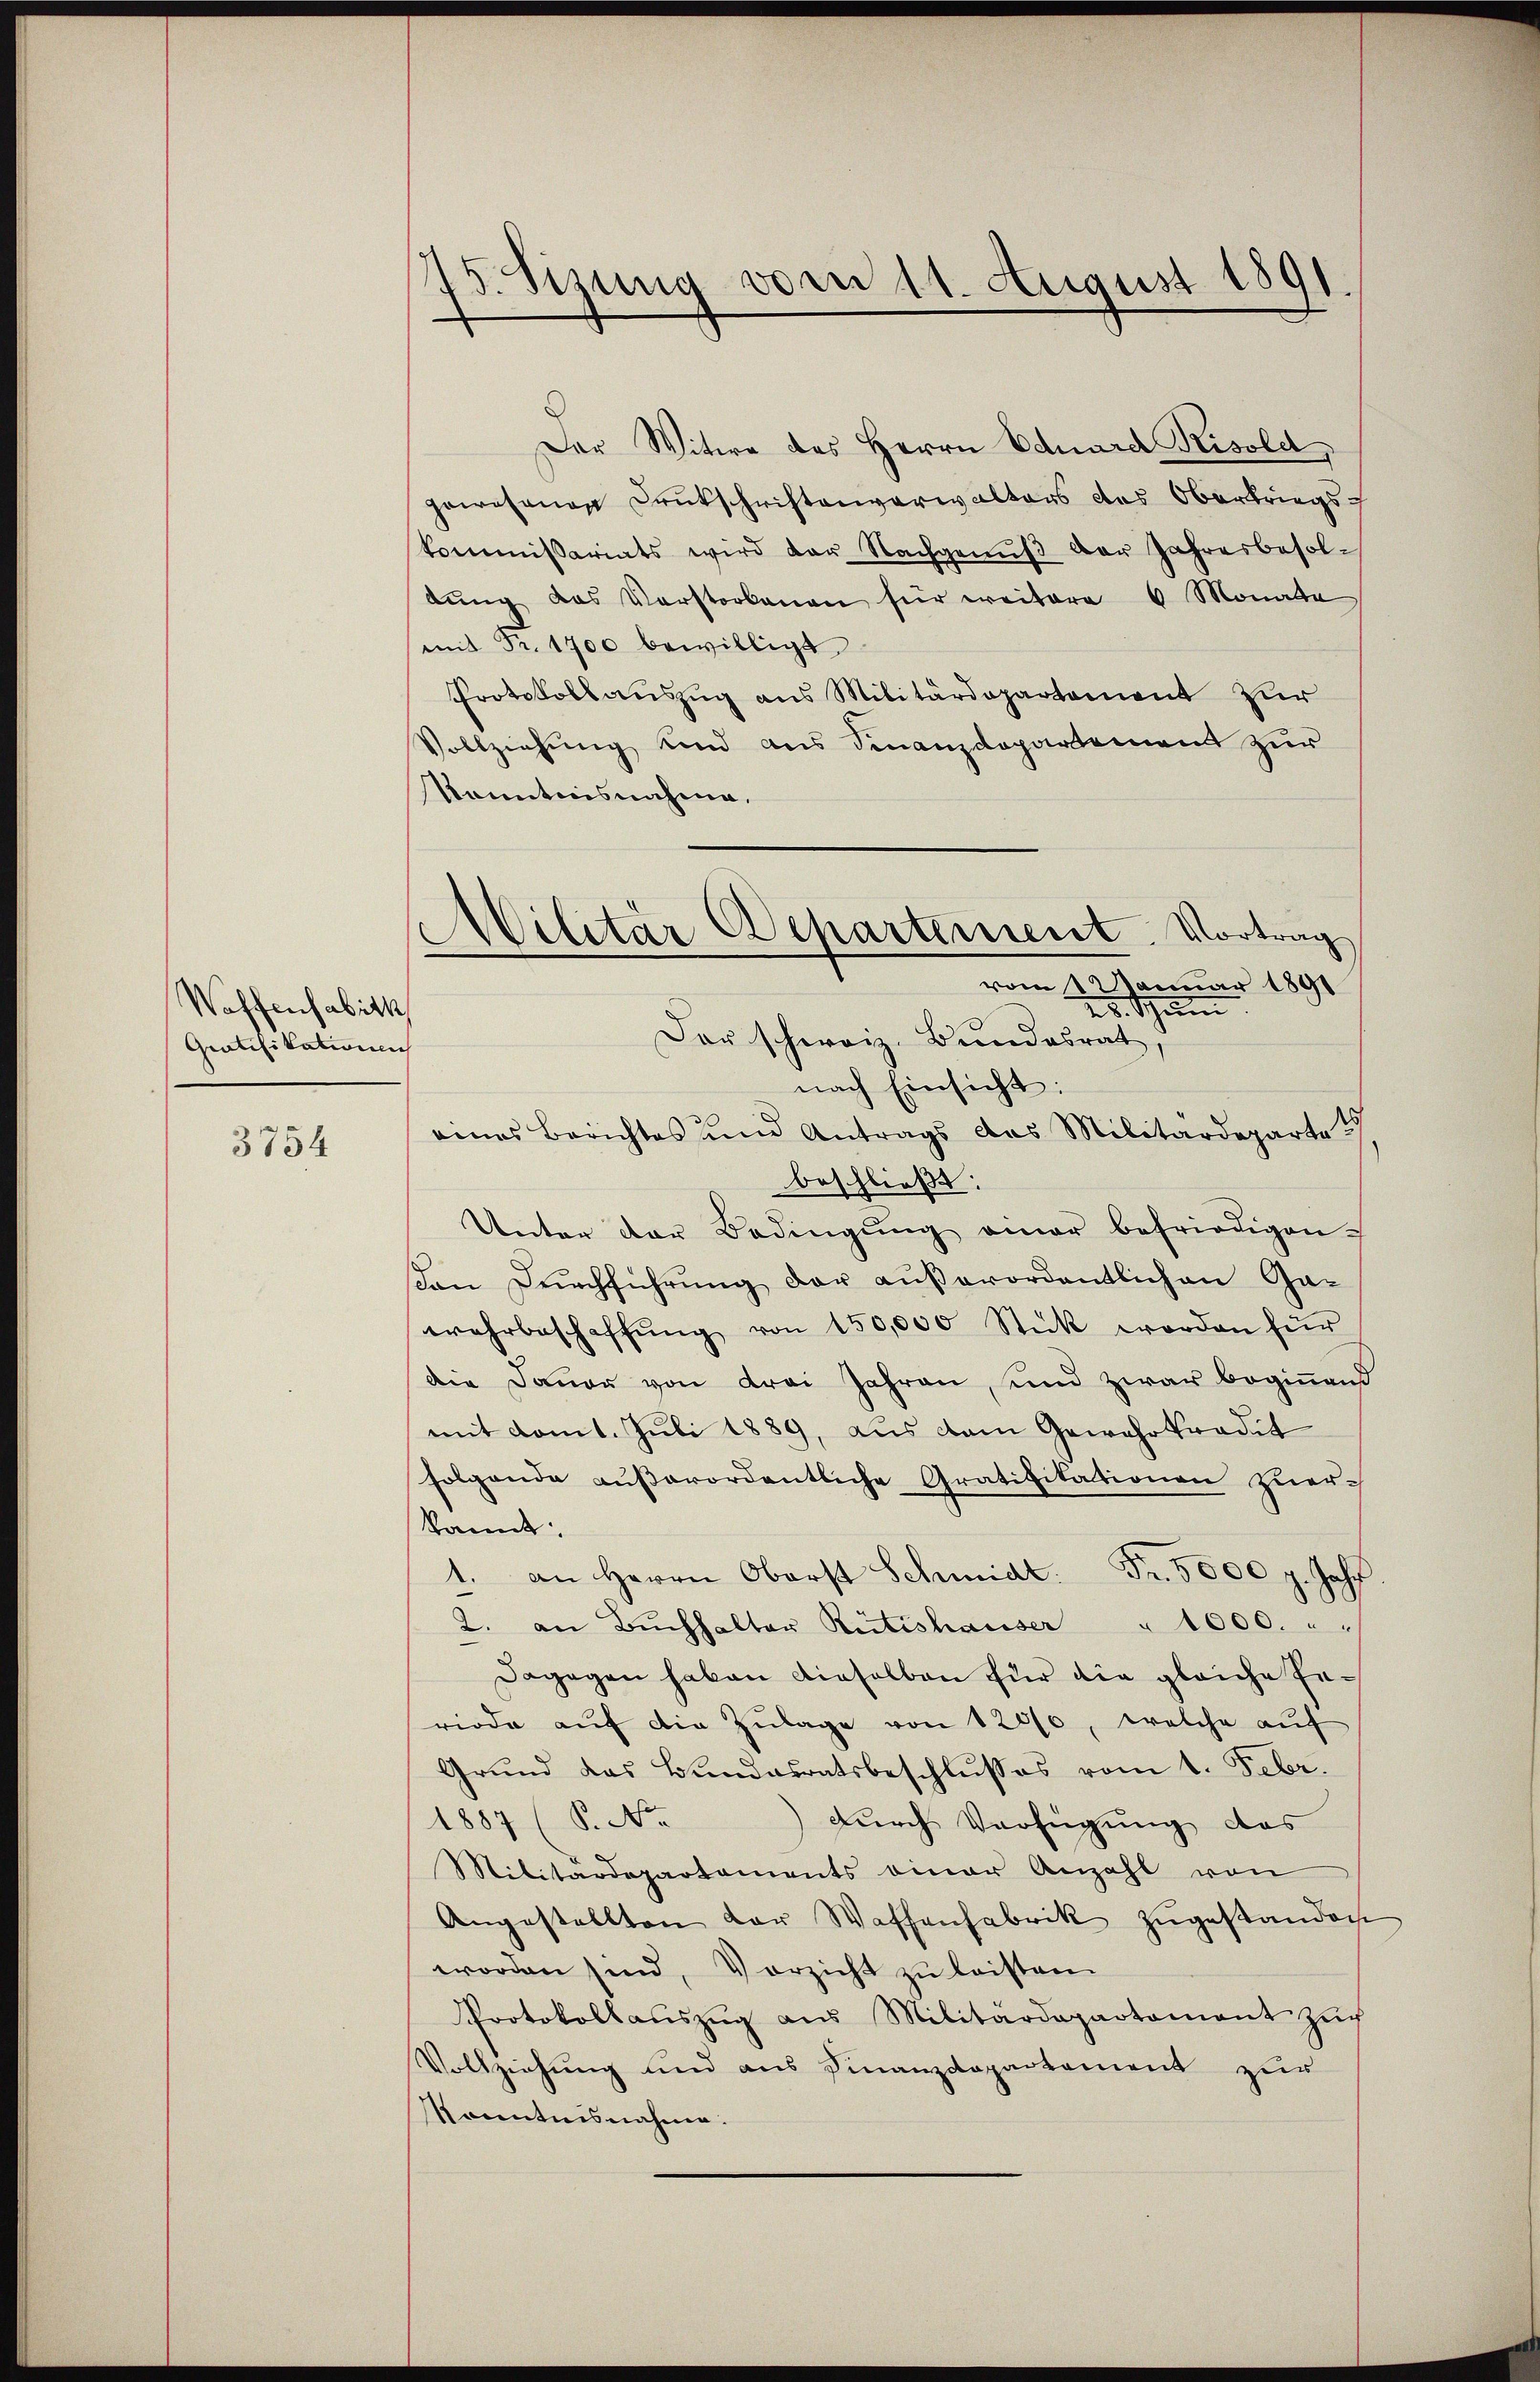
Waffensabitk
Gratifikationen

3754

d
Jv. Sitzung vom 11. August 1891.

Militär Departement. Vortrag
vom 1 Januar 1891
25. Schaden

Der Witwe des Herrn Eduard Risold
gewesenen Druckschriftenverwalters das Oberkriegskommissariats wird der Nachgenŭβ der Jahresbesoldŭng das Verstorbenen für weitere 6 Monate
mit Fr. 1700 bewilligt
Protokollauszug aus Militärdepartement zur
Vollziehung und aus Finanzdepartement zur
Kenntnisnahme.
Der schweiz. Bundesrat,
nach Einsicht:
eines Berichtes und Antrags das Militärdeparte u
beschließt:
Unter der Bedingŭng amar befriedigen.
en Durchführung der außerordentlichen Ga-
wehrbeschaffŭng von 150,000 Stück worden für
die Dauer von drei Jahren, und zwar beginnend
mit domt. Juli 1889, aus dem Gewahrtradit
folgende außerordentliche Grativitationen zuer-
kannt:
1. an Herrn Oberst Schmidt. Fr. 5000 g. Jahr
2. an Bŭchhalter Rütishauser " 1000. " "
Dagegen haben dieselben für die gleiche Inriode aŭf die Zŭlage von 12000, welche aŭf
Grund das Bundesratsbeschlusses vom 1. Febr.
1887 (P. Nr.
) durch Verfügung des
Militärdepartaments einer Anzahl von
Angestellten der Waffenfabrik zŭgestanden
worden sind, Vorzicht zŭ leisten
Protokollaŭszŭg aŭs Militärdepartament Zŭch
Vollziehung und aus Finanzdepartement zur
Kenntnisnahme.